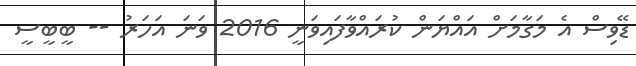
ޑޭވިސް އެ މަގާމަށް އައްޔަން ކުރައްވާފައިވަނީ 2016 ވަނަ އަހަރު -- ބީބީސީ